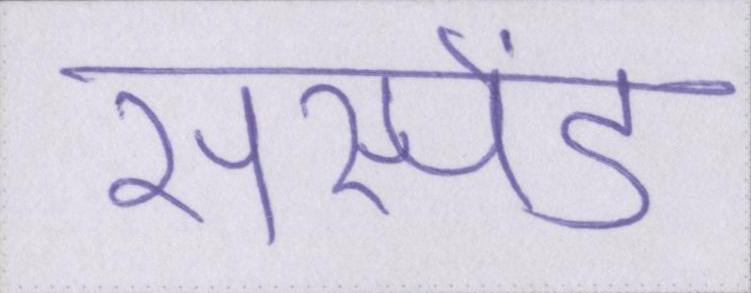
सस्पेंड